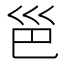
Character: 𪩡